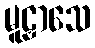
မူဠှာသေ